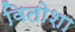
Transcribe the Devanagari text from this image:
वितोशा